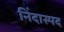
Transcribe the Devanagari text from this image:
निंदास्पद